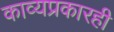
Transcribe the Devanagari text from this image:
काव्यप्रकारही